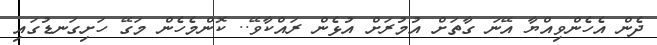
ދެން އެހެންވިއްޔާ އޭނަ ގާތަށް އުމުރަށް އުޅެން ރައްކާވޭ.. ކޮންމެހެން މަގޭ ހަށިގަނޑުގައި